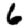
Digit: 6